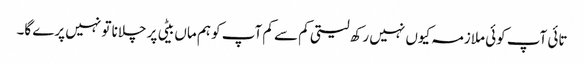
تائی آپ کوئی ملازمہ کیوں نہیں رکھ لیتی کم سے کم آپ کو ہم ماں بیٹی پر چلانا تو نہیں پرے گا۔